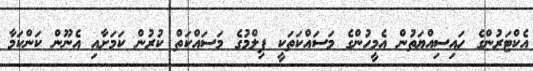
އެކްޓަރުންގެ ހައިސިއްޔަތުން އެމީހުންގެ މަސައްކަތަކީ ފިލްމުގެ މަސައްކަތް ކުރުން ކަމަށާއި އެނޫން ކަންކަމާ